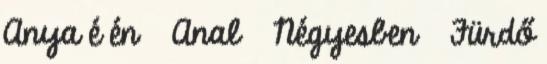
Anya é én ▪ Anal ▪ Négyesben ▪ Fürdő